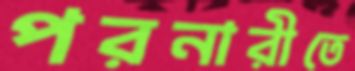
পরনারীতে